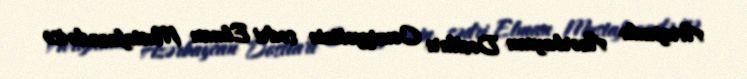
Avropada Azərbaycan Dostları Cəmiyyətinin sədri Elman Mustafazadə isə